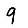
Digit: 9